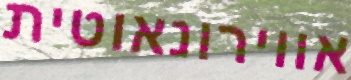
אווירונאוטית